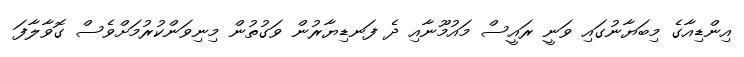
އިންޑިއާގެ މިބަޔާނުގައި ވަނީ ރައީސް މައުމޫނާއި ދެ ފަނޑިޔާރުން ވަގުތުން މިނިވަންކުރުމަށްވެސް ގޮވާލާފަ